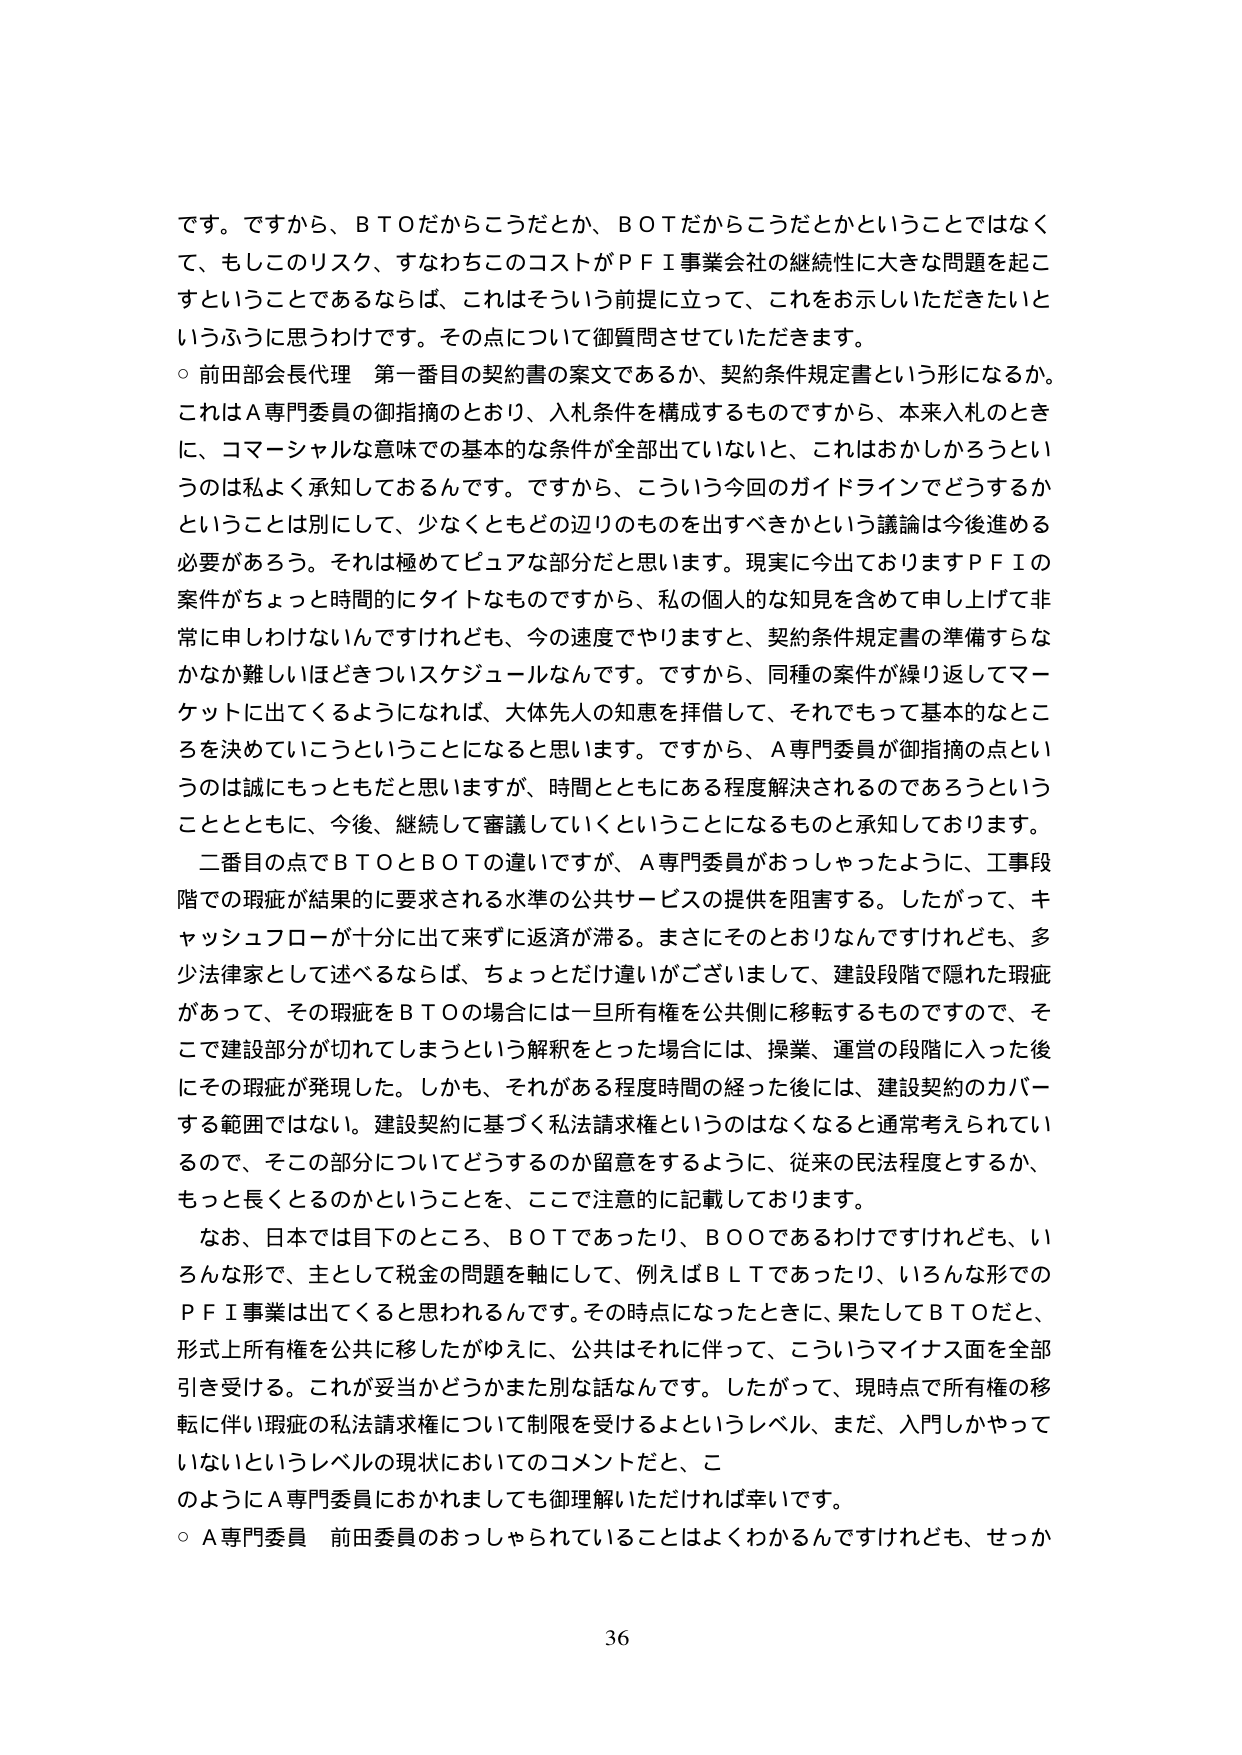
です。ですから、ＢＴＯだからこうだとか、ＢＯＴだからこうだとかということではなくて、もしこのリスク、すなわちこのコストがＰＦＩ事業会社の継続性に大きな問題を起こすということであるならば、これはそういう前提に立って、これをお示しいただきたいというふうに思うわけです。その点について御質問させていただきます。

○ 前田部会長代理 第一番目の契約書の案文であるか、契約条件規定書という形になるか。これはＡ専門委員の御指摘のとおり、入札条件を構成するものですから、本来入札のときに、コマーシャルな意味での基本的な条件が全部出ていないと、これはおかしかろうというのは私よく承知しておるんです。ですから、こういう今回のガイドラインでどうするかということとは別にして、少なくともどの辺りのものを出すべきかという議論は今後進める必要があろう。それは極めてピュアな部分だと思います。現実に今出ておりますＰＦＩの案件がちょっと時間的にタイトなものですから、私の個人的な知見を含めて申し上げて非常に申しわけないんですけれども、今の速度でやりますと、契約条件規定書の準備すらなかなか難しいほどきついスケジュールなんです。ですから、同種の案件が繰り返してマーケットに出てくるようになれば、大体先生の知恵を拝借して、それでもって基本的なところを決めていこうということになると思います。ですから、Ａ専門委員が御指摘の点というのは誠にもっともだと思いますが、時間とともにある程度解決されるのであろうということとともに、今後、継続して審議していくということになるものと承知しております。

二番目の点でＢＴＯとＢＯＴの違いですが、Ａ専門委員がおっしゃったように、工事段階での瑕疵が結果的に要求される水準の公共サービスの提供を阻害する。したがって、キャッシュフローが十分に出て来ずに返済が滞る。まさにそのとおりなんですけれども、多少法律家として述べるならば、ちょっとだけ違いがございまして、建設段階で隠れた瑕疵があって、その瑕疵をＢＴＯの場合には一旦所有権を公共側に移転するものですので、そこで建設部分が切れてしまうという解釈をとった場合には、操業、運営の段階に入った後にその瑕疵が発現した。しかも、それがある程度時間の経った後には、建設契約のカバーする範囲ではない。建設契約に基づく私法請求権というのはなくなると通常考えられているので、そこの部分についてどうするのか留意をするように、従来の民法程度とするか、もっと長くとるのかということを、ここで注意的に記載しております。

なお、日本では目下のところ、ＢＯＴであったり、ＢＯＯであるわけですけれども、いろんな形で、主として税金の問題を軸にして、例えばＢＬＴであったり、いろんな形でのＰＦＩ事業は出てくると思われるんです。その時点になったときに、果たしてＢＴＯだと、形式上所有権を公共に移したがゆえに、公共はそれに伴って、こういうマイナス面を全部引き受ける。これが妥当かどうかまた別な話なんです。したがって、現時点で所有権の移転に伴い瑕疵の私法請求権について制限を受けるよというレベル、まだ、入門しかやっていないというレベルの現状においてのコメントだと、このようにＡ専門委員におかれましても御理解いただければ幸いです。

○ Ａ専門委員 前田委員のおっしゃられていることはよくわかるんですけれども、せっか

36